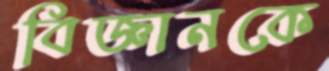
বিজ্ঞানকে